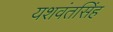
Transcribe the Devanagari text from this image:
यशवंतसिंह